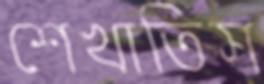
শেখাতিস